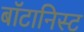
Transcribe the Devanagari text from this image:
बाॅटानिस्ट